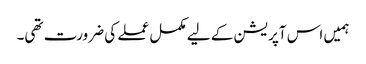
ہمیں اس آپریشن کے لیے مکمل عملے کی ضرورت تھی۔